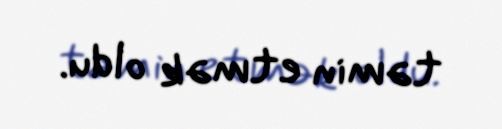
təmin etmək oldu.